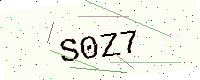
Text: S0Z7